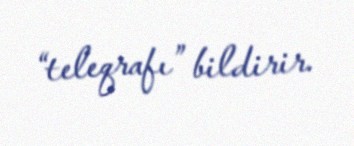
“teleqrafı” bildirir.